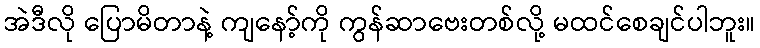
အဲဒီလို ပြောမိတာနဲ့ ကျနော့်ကို ကွန်ဆာဗေးတစ်လို့ မထင်စေချင်ပါဘူး။